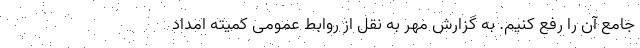
جامع آن را رفع کنیم. به گزارش مهر به نقل از روابط عمومی کمیته امداد